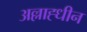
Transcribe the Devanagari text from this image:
अल्लाह्धीन